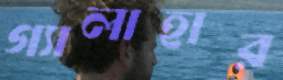
গ্যালাহার